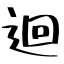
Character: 迴